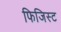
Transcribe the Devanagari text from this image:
फिजिस्ट